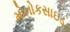
મોનોકસાઇડ